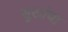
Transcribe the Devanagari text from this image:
सुखांचा